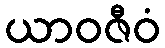
ယာဝဇီဝံ